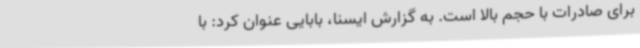
برای صادرات با حجم بالا است. به گزارش ایسنا، بابایی عنوان کرد: با